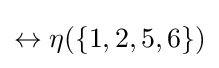
{\textstyle \leftrightarrow \eta (\{1,2,5,6\})}